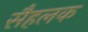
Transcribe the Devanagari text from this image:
सैहलक